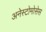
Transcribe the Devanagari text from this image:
अनेस्टोमोसेस